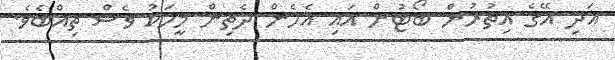
އަދި އޭގެ އިތުރުން ބޯޓުން އައި އެހެން ދެތިން މީހަކު ވެސް ތިއްބެވެ.